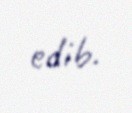
edib.